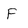
Character: F